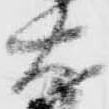
右